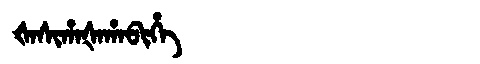
Manchu: ᡧᠠᠰᡳᡥᠠᡧᠠᡥᠠᠪᡳᡥᡝ
Romanization: ŠASIHAŠAHABIHE